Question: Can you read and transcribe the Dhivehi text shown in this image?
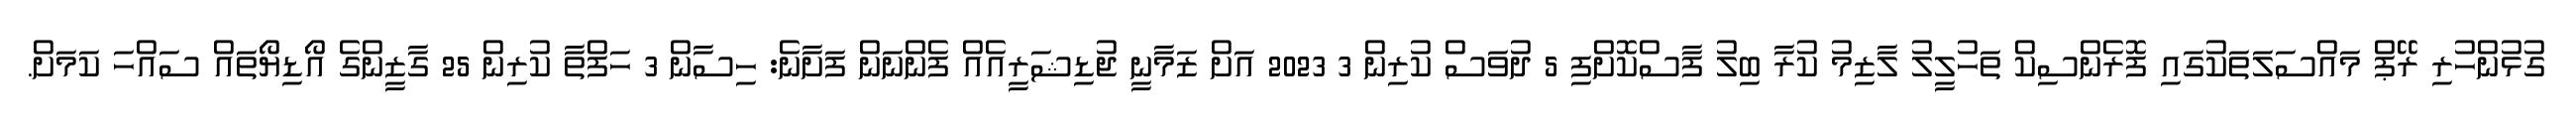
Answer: ގުޅުންހުރި ރޭޕް މައްސަލަތަކުގައި ފޮރެންސިކް ތަހުލީލު ލާޒިމު ކުރާ ބިލު ފާސްކޮށްފި 5 ދުވަސް ކުރިން 3 2023 އަށް ޒަމާނީ ޖުޑިޝަރީއެއް ފެންނަން ފަށާނެ: ހިސާން 3 ހަފްތާ ކުރިން 25 ގާޒީންގެ އޯޑިޔޯތައް ސައްހަ ކަމަށް.